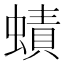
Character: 𧐐